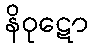
နိဝုဋော